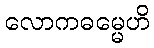
လောကဓမ္မေဟိ